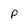
Character: P